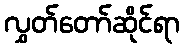
လွှတ်တော်ဆိုင်ရာ